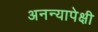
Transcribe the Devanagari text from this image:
अनन्यापेक्षी